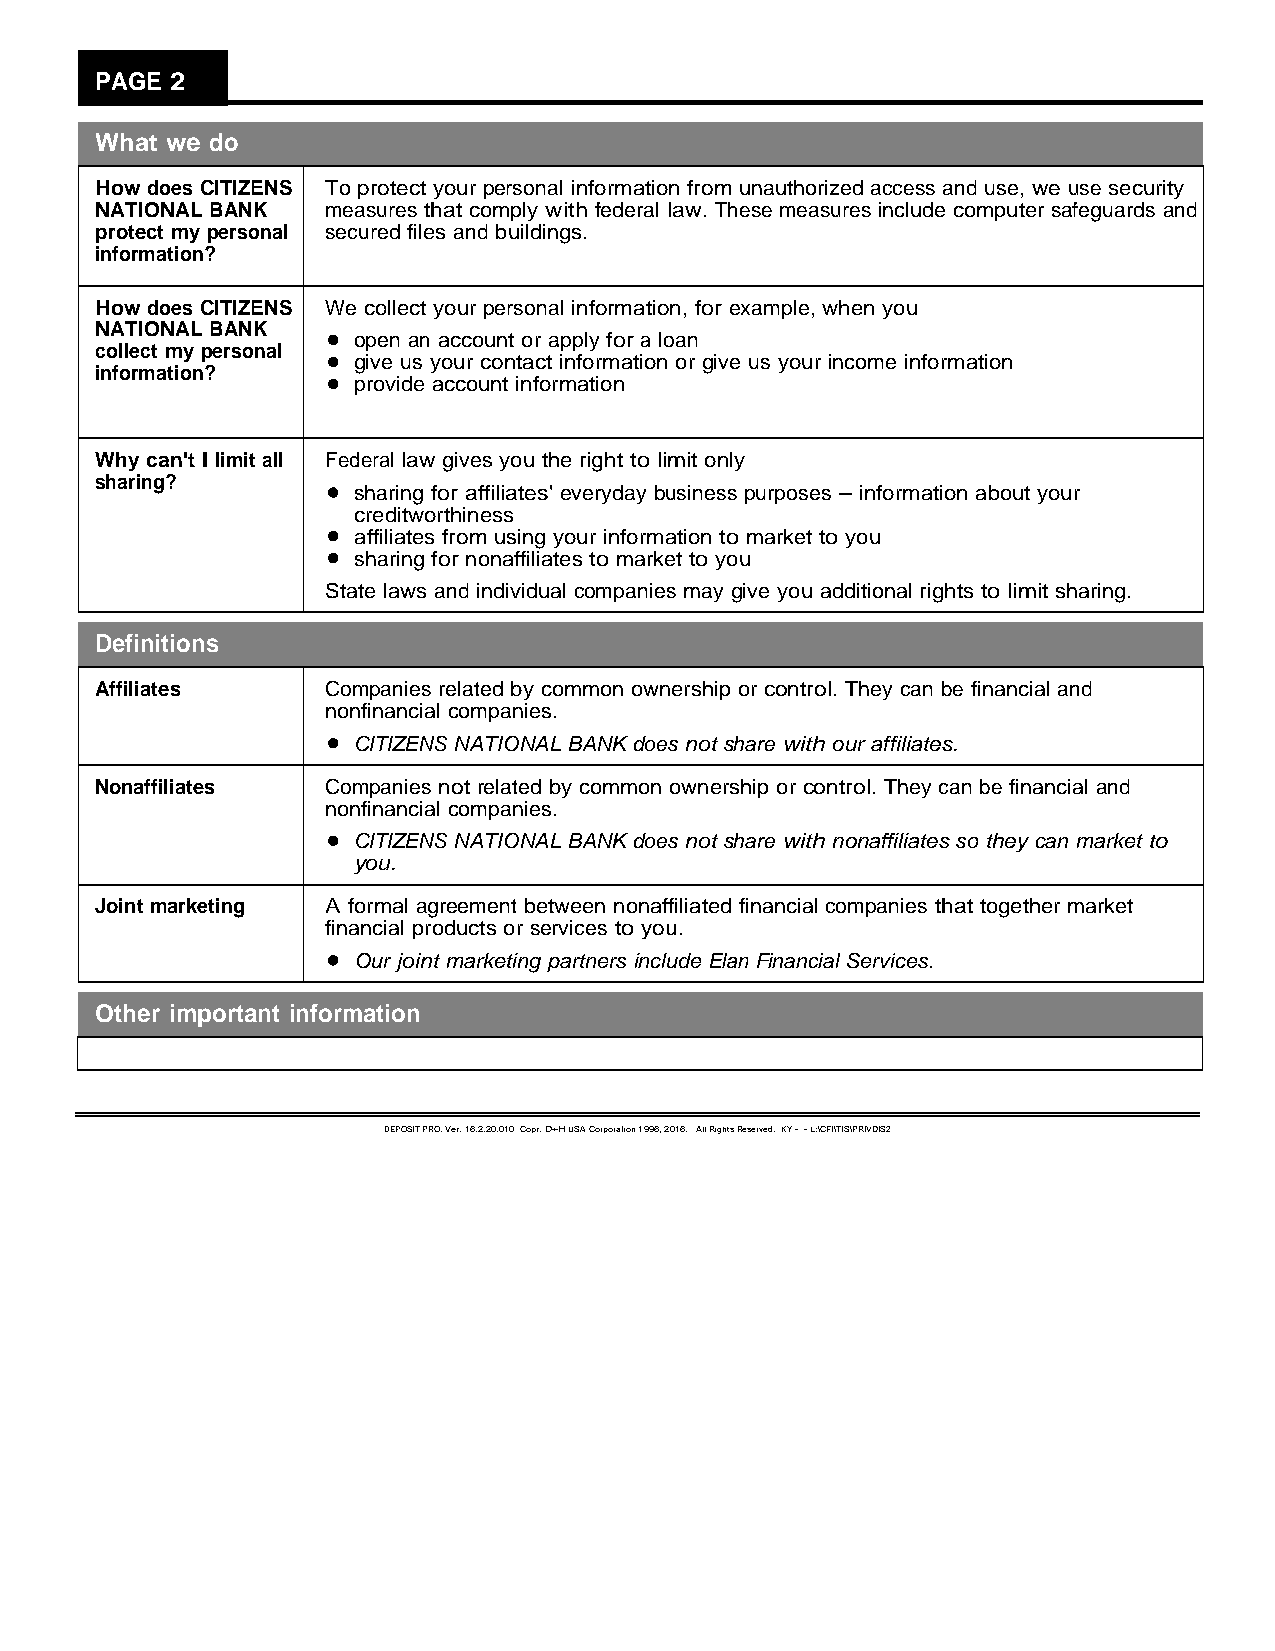
PAGE 2
 What we do
 How does CITIZENS To protect your personal information from unauthorized access and use, we use security
 NATIONAL BANK   measures that comply with federal law. These measures include computer safeguards and
 protect my personal secured files and buildings.
 information?
 How does CITIZENS We collect your personal information, for example, when you
 NATIONAL BANK
 open an account or apply for a loan
 collect my personal
 give us your contact information or give us your income information
 information?
 provide account information
 Why can't I limit all Federal law gives you the right to limit only
 sharing?
 sharing for affiliates' everyday business purposes information about your
 creditworthiness
 affiliates from using your information to market to you
 sharing for nonaffiliates to market to you
 State laws and individual companies may give you additional rights to limit sharing.
 Definitions
 Affiliates      Companies related by common ownership or control. They can be financial and
 nonfinancial companies.
 CITIZENS NATIONAL BANK does not share with our affiliates.
 Nonaffiliates   Companies not related by common ownership or control. They can be financial and
 nonfinancial companies.
 CITIZENS NATIONAL BANK does not share with nonaffiliates so they can market to
 you.
 Joint marketing A formal agreement between nonaffiliated financial companies that together market
 financial products or services to you.
 Our joint marketing partners include Elan Financial Services.
 Other important information
 DEPOSITPRO,Ver.16.2.20.010Copr.D+HUSACorporation1996,2016. AllRightsReserved.KY--L:\CFI\TIS\PRIVDIS2